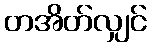
တအိတ်လျှင်